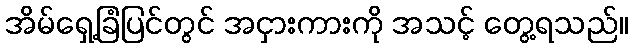
အိမ်ရှေ့ခြံပြင်တွင် အငှားကားကို အသင့် တွေ့ရသည်။